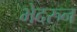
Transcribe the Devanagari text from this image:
भेदरुन